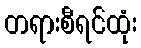
တရားစီရင်ထုံး